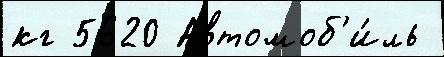
кг 5620 Автомоб'и́ль